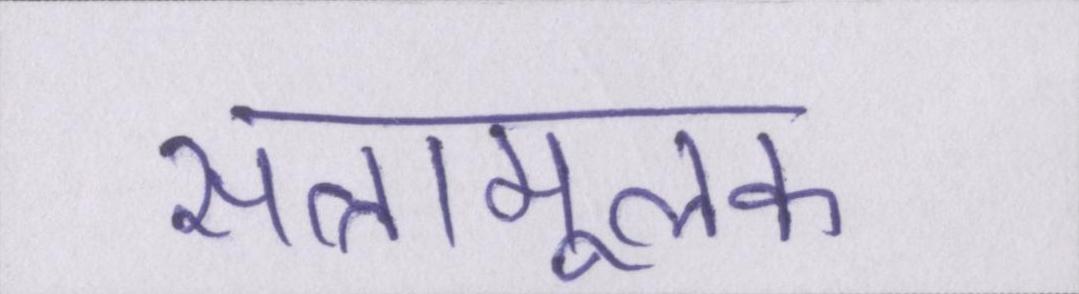
सत्तामूलक